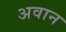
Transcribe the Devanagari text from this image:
अवान